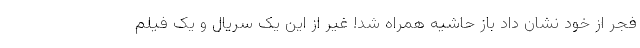
فجر از خود نشان داد باز حاشیه همراه شد! غیر از این یک سریال و یک فیلم